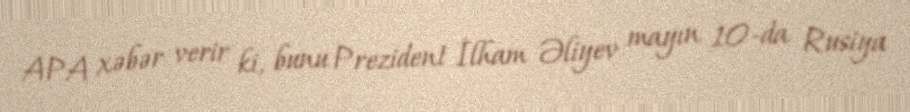
APA xəbər verir ki, bunu Prezident İlham Əliyev mayın 10-da Rusiya